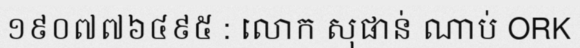
១៩០៧៧៦៤៩៥ : លោក សុផាន់ ណាប់ ORK